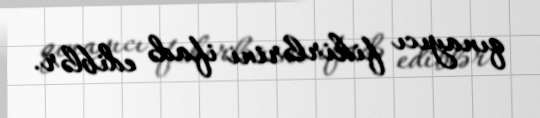
qınayıcı fikirlərini ifadə ediblər.